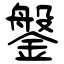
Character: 鎜